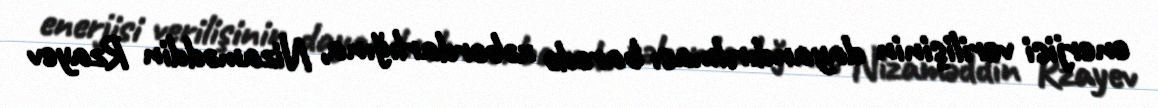
enerjisi verilişinin dayandırılması barədə xəbərdarlığına, Nizaməddin Rzayev